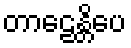
တာဠေန္တိပေ